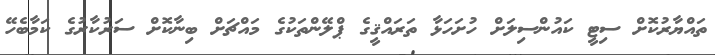
ތައްޔާރުކޮށް ސިޓީ ކައުންސިލަށް ހުށަހަޅާ ތަރައްޤީގެ ޕްލޭންތަކުގެ މައްޗަށް ބިނާކޮށް ސަރުކާރުގެ ކަމާބެހޭ